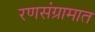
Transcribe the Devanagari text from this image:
रणसंग्रामात